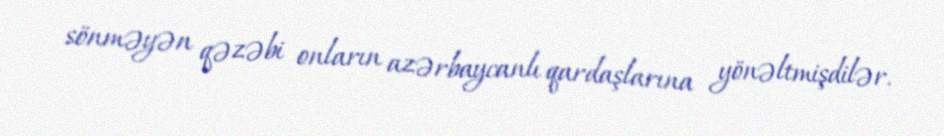
sönməyən qəzəbi onların azərbaycanlı qardaşlarına yönəltmişdilər.